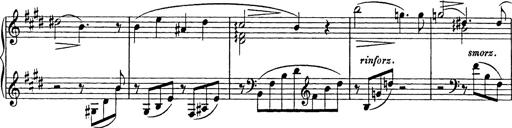
Title: Consolations
Composer: Franz Liszt